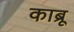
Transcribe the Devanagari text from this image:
काब्रू